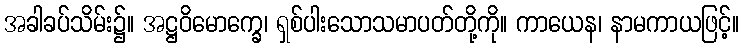
အခါခပ်သိမ်း၌။ အဋ္ဌဝိမောက္ခေ၊ ရှစ်ပါးသောသမာပတ်တို့ကို။ ကာယေန၊ နာမကာယဖြင့်။